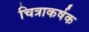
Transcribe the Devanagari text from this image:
चित्राकर्षक